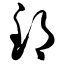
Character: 郅